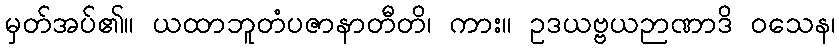
မှတ်အပ်၏။ ယထာဘူတံပဇာနာတီတိ၊ ကား။ ဥဒယဗ္ဗယဉာဏာဒိ ဝသေန၊